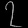
Digit: ၇